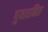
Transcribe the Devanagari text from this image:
गुयारनिस